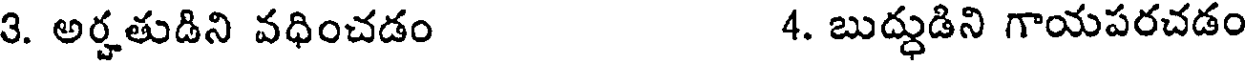
3. అర్హతుడిని వధించడం 4. బుద్ధుడిని గాయపరచడం